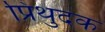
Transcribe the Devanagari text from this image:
प्रिथुदक